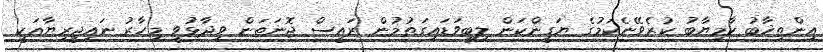
އިންތިޚާބު ކާމިޔާބު ކުރެވޭނެކަމުގެ ޔަގީންކަން ލިބިވަޑައިގަތުމުން ރައީސް ޖޮނަތަން ވިދާޅުވީ މިހާރު ނައިޖީރިޔާއަކީ